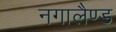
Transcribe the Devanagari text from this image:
नगालैण्ड